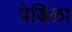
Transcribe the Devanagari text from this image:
पेडिला